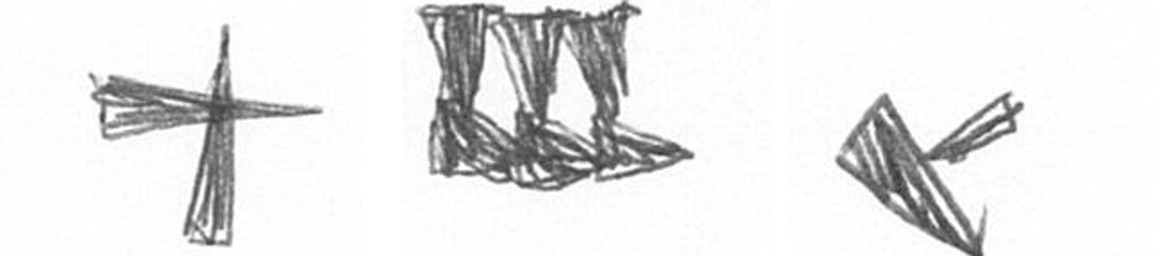
G D F